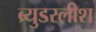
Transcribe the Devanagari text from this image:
ब्र्युडरलीश